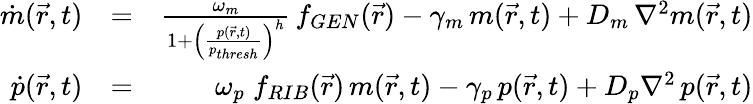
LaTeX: \begin{array}{rlr}{\dot{m}(\vec{r},t)}&{=}&{\frac{\omega_{m}}{1+\left(\frac{p(\vec{r},t)}{p_{thresh}}\right)^{h}}\, f_{GEN}(\vec{r})-\gamma_{m}\, m(\vec{r},t)+D_{m}\, \nabla^{2}m(\vec{r},t)}\\ {\dot{p}(\vec{r},t)}&{=}&{\omega_{p}\; f_{RIB}(\vec{r})\, m(\vec{r},t)-\gamma_{p}\, p(\vec{r},t)+D_{p}\nabla^{2}\, p(\vec{r},t)}\end{array}